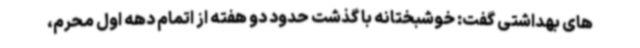
های بهداشتی گفت: خوشبختانه با گذشت حدود دو هفته از اتمام دهه اول محرم،